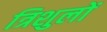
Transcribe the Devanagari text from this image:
त्रिशुलों